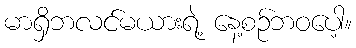
မာရှိဘလင်မယားရဲ့ နေ့စဉ်ဘဝပေါ့။